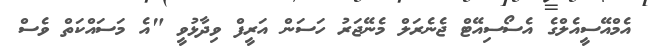
އެމްއޭސީއެލްގެ އެސޯސިއޭޓް ޖެނެރަލް މެނޭޖަރު ހަސަން އަރީފް ވިދާޅުވީ "އެ މަސައްކަތް ވެސް